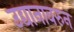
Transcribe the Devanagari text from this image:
उद्यानावरुन